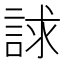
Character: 𧧷